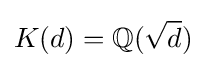
K(d)=\mathbb {Q} ({\sqrt {d}})